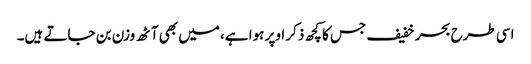
اسی طرح بحر خفیف جس کا کچھ ذکر اوپر ہوا ہے، میں بھی آٹھ وزن بن جاتے ہیں۔